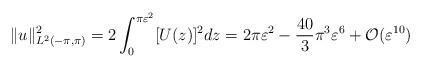
LaTeX: \begin{align*}\| u \|^2_{L^2(-\pi,\pi)} = 2 \int_0^{\pi \varepsilon^2} [U(z)]^2 dz =2 \pi \varepsilon^2 - \frac{40}{3} \pi^3 \varepsilon^6 + \mathcal{O}(\varepsilon^{10})\end{align*}